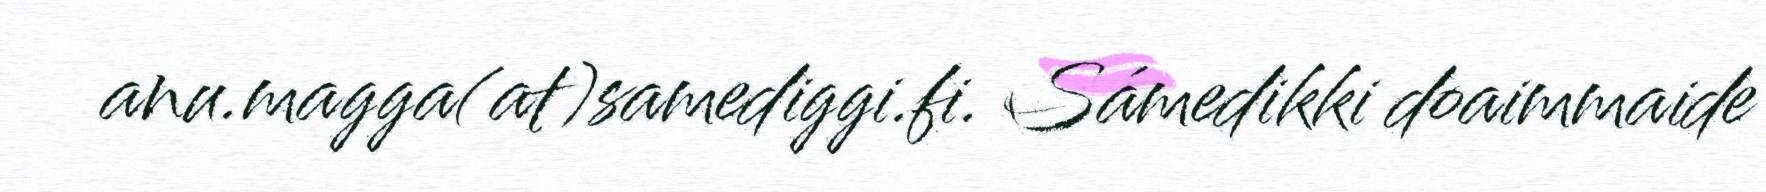
anu.magga(at)samediggi.fi. Sámedikki doaimmaide